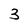
Character: 3